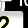
Digit: 2